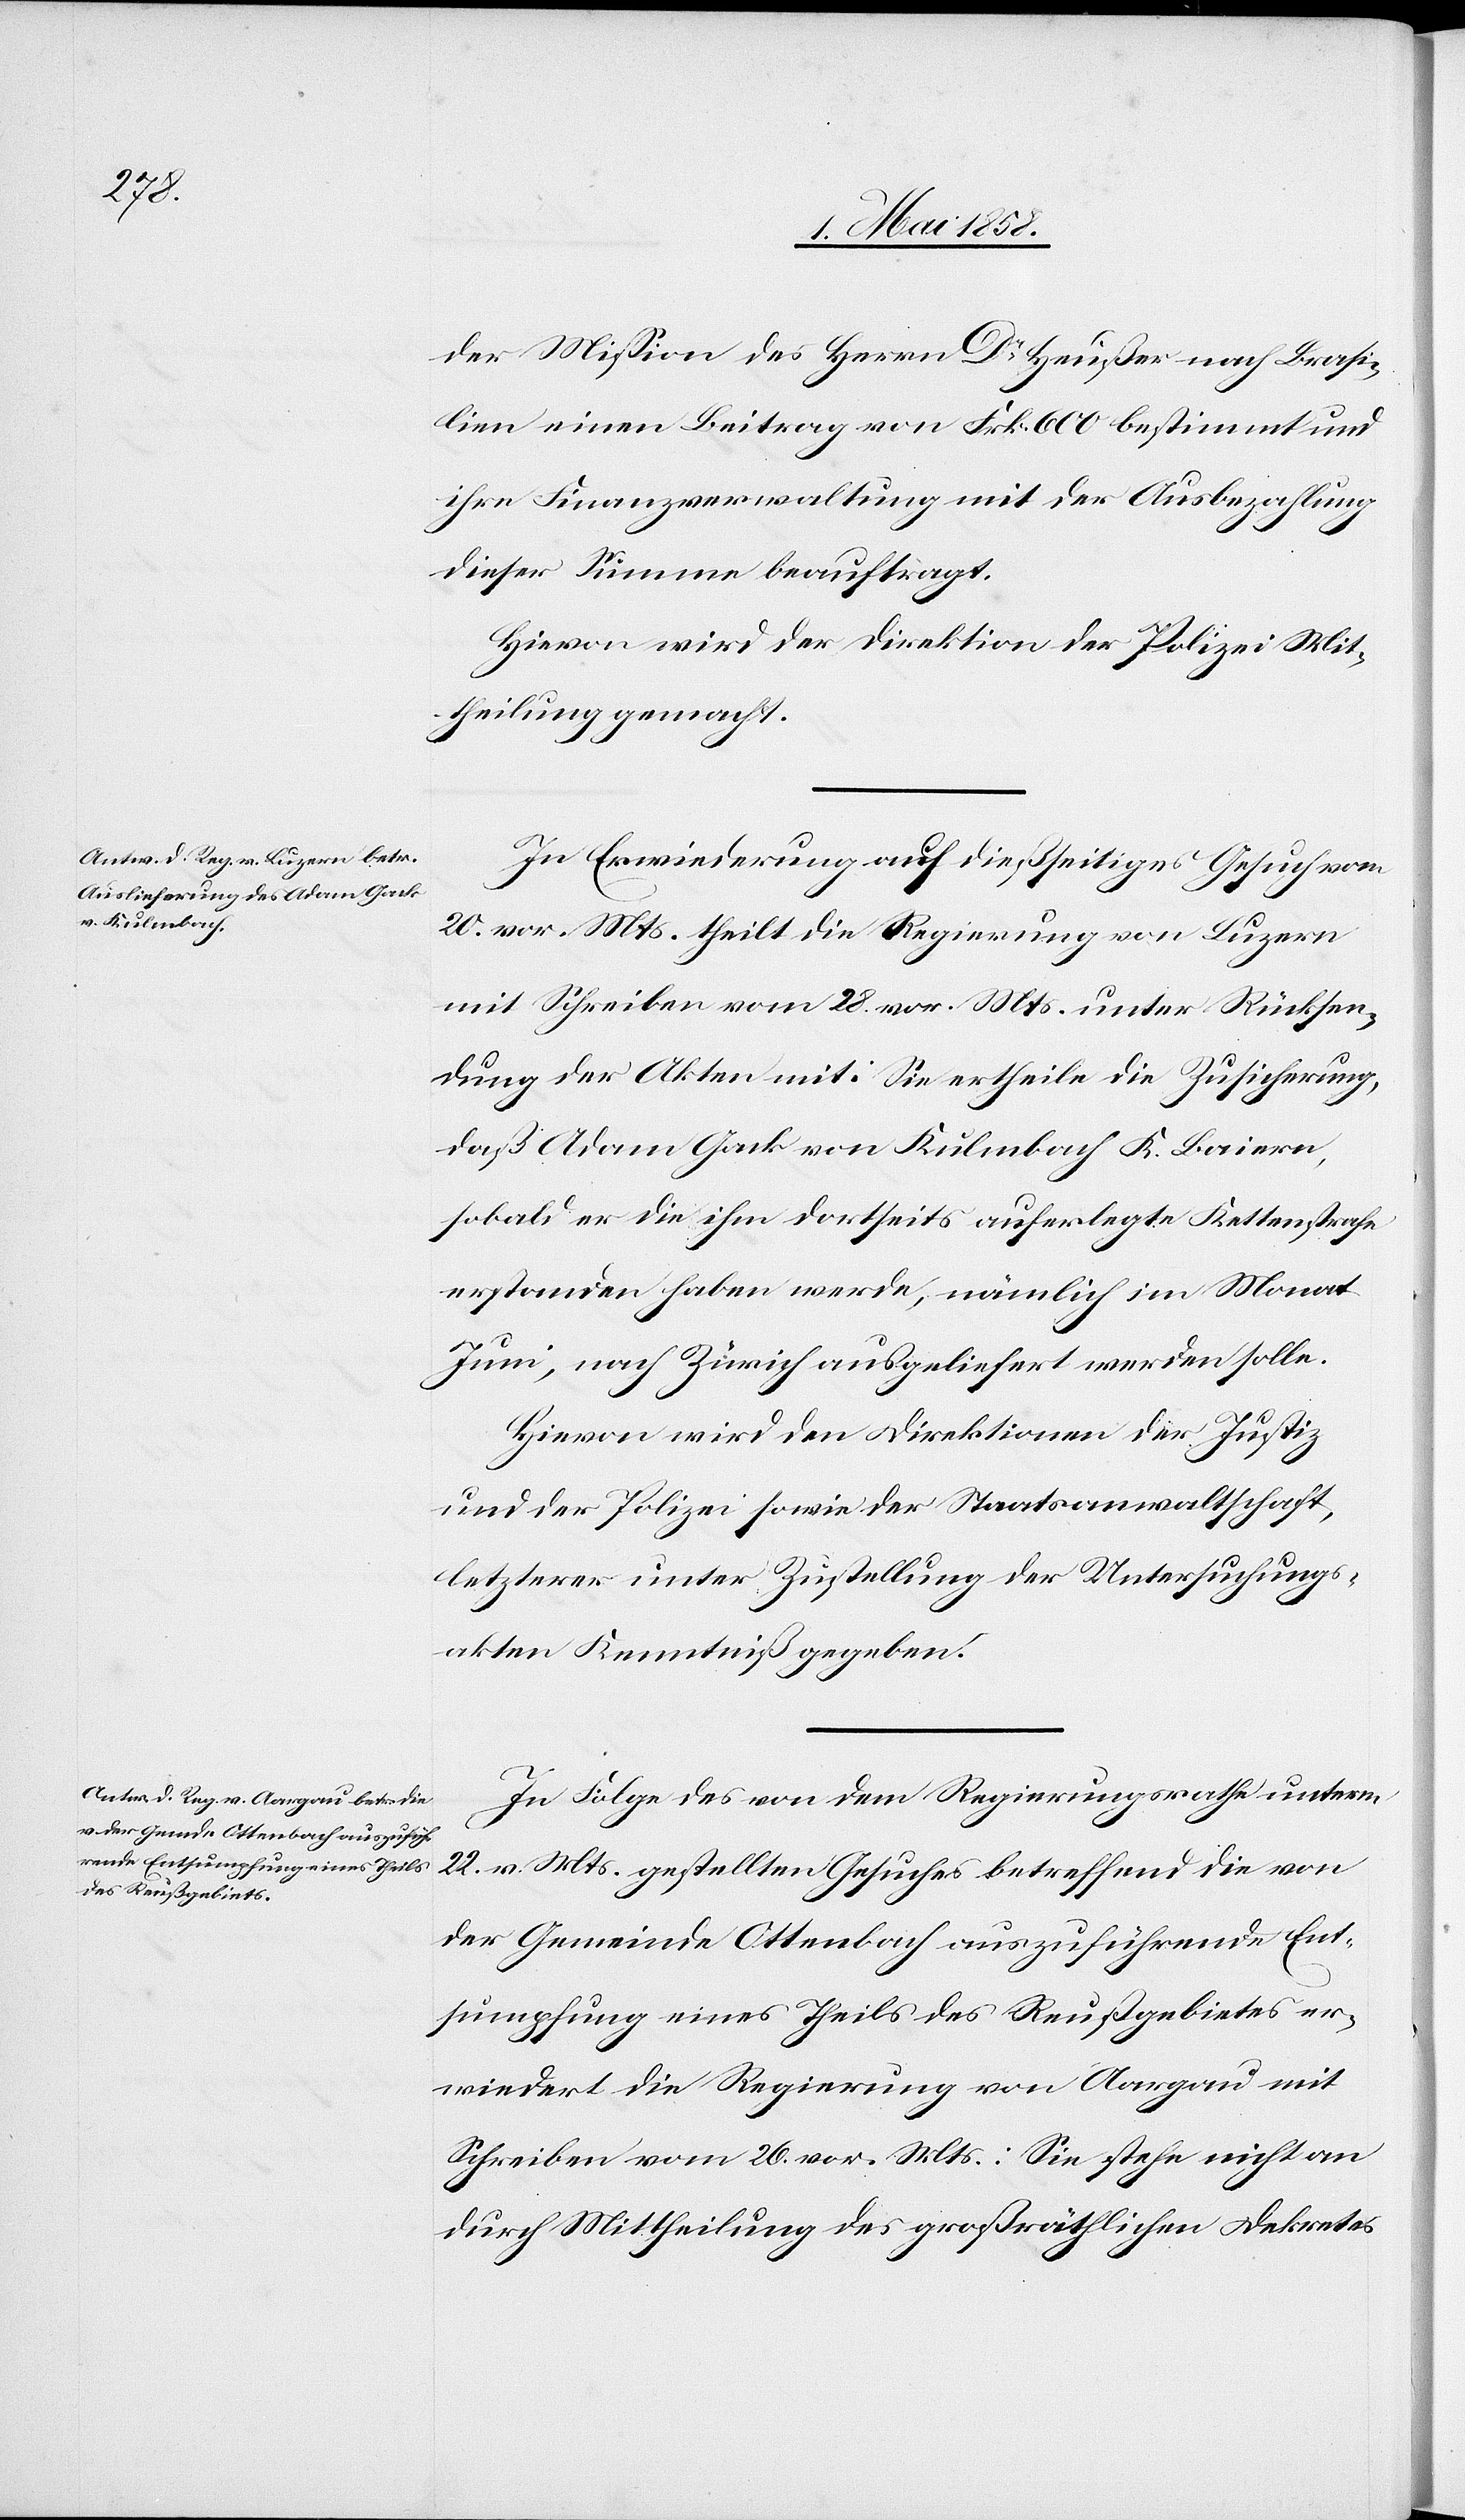
der Mission des Herrn Dr Heußer nach Brasi¬
lien einen Beitrag von Frk. 600 bestimmt und
ihre Finanzverwaltung mit der Ausbezahlung
dieser Summe beauftragt.
Hievon wird der Direktion der Polizei Mit¬
theilung gemacht.
In Erwiederung auf dießseitiges Gesuch vom
20. vor. Mts. theilt die Regierung von Luzern
mit Schreiben vom 28. vor. Mts. unter Rücksen¬
dung der Akten mit: Sie ertheile die Zusicherung,
daß Adam Gack von Kulmbach K. Baiern,
sobald er die ihm dortseits auferlegte Kettenstrafe
erstanden haben werde, nämlich im Monat
Juni, nach Zürich ausgeliefert werden solle.
Hievon wird den Direktionen der Justiz
und der Polizei sowie der Staatsanwaltschaft,
letzterer unter Zustellung der Untersuchungs¬
akten Kenntniß gegeben.
In Folge des von dem Regierungsrathe unterm
22. v. Mts. gestellten Gesuches betreffend die von
der Gemeinde Ottenbach auszuführende Ent¬
sumpfung eines Theils des Reußgebietes er¬
wiedert die Regierung von Aargau mit
Schreiben vom 26. vor. Mts.: Sie stehe nicht an
durch Mittheilung des großräthlichen Dekretes